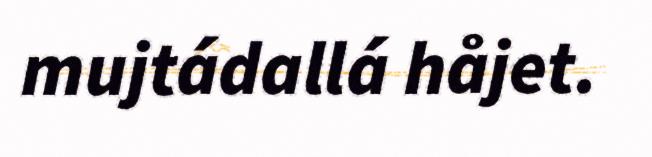
mujtádallá håjet.